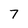
Character: 7